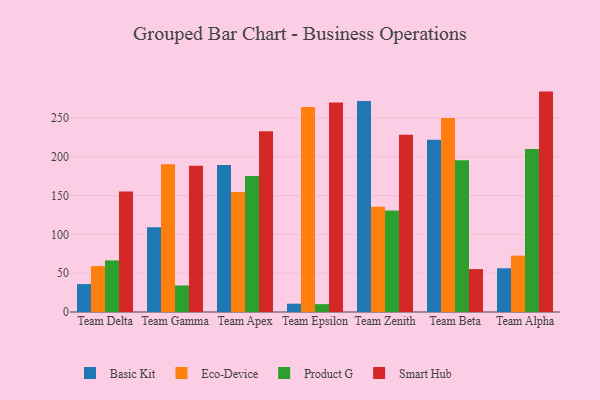
{"axis": {"x": "Team", "y": "Humidity (%)"}, "legend": ["Basic Kit", "Eco-Device", "Product G", "Smart Hub"], "data": [{"x": "Team Delta", "y": 36.0, "type": "Basic Kit"}, {"x": "Team Delta", "y": 59.2, "type": "Eco-Device"}, {"x": "Team Delta", "y": 66.5, "type": "Product G"}, {"x": "Team Delta", "y": 155.2, "type": "Smart Hub"}, {"x": "Team Gamma", "y": 109.2, "type": "Basic Kit"}, {"x": "Team Gamma", "y": 190.4, "type": "Eco-Device"}, {"x": "Team Gamma", "y": 34.2, "type": "Product G"}, {"x": "Team Gamma", "y": 188.3, "type": "Smart Hub"}, {"x": "Team Apex", "y": 189.3, "type": "Basic Kit"}, {"x": "Team Apex", "y": 154.5, "type": "Eco-Device"}, {"x": "Team Apex", "y": 175.2, "type": "Product G"}, {"x": "Team Apex", "y": 233.0, "type": "Smart Hub"}, {"x": "Team Epsilon", "y": 10.7, "type": "Basic Kit"}, {"x": "Team Epsilon", "y": 264.3, "type": "Eco-Device"}, {"x": "Team Epsilon", "y": 10.1, "type": "Product G"}, {"x": "Team Epsilon", "y": 270.1, "type": "Smart Hub"}, {"x": "Team Zenith", "y": 271.9, "type": "Basic Kit"}, {"x": "Team Zenith", "y": 135.6, "type": "Eco-Device"}, {"x": "Team Zenith", "y": 130.8, "type": "Product G"}, {"x": "Team Zenith", "y": 228.5, "type": "Smart Hub"}, {"x": "Team Beta", "y": 221.8, "type": "Basic Kit"}, {"x": "Team Beta", "y": 250.0, "type": "Eco-Device"}, {"x": "Team Beta", "y": 195.7, "type": "Product G"}, {"x": "Team Beta", "y": 55.3, "type": "Smart Hub"}, {"x": "Team Alpha", "y": 56.3, "type": "Basic Kit"}, {"x": "Team Alpha", "y": 72.6, "type": "Eco-Device"}, {"x": "Team Alpha", "y": 210.1, "type": "Product G"}, {"x": "Team Alpha", "y": 284.0, "type": "Smart Hub"}]}